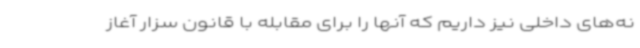
نه‌های داخلی نیز داریم که آنها را برای مقابله با قانون سزار آغاز